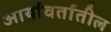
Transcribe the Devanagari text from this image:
आर्यावर्तातील